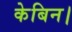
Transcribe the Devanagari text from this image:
केबिन।